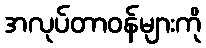
အလုပ်တာဝန်များကို